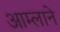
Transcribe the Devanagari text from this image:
आम्लाने